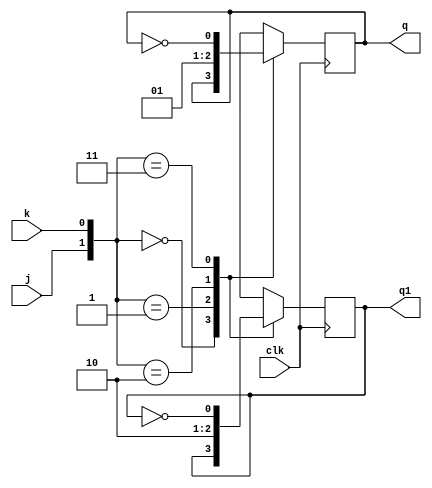
module jkff(q,q1,j,k,clk);
	output q,q1;
	input j,k,clk;
	reg q,q1;
	initial
	begin
		q=1'b0;
		q1=1'b1;
	end
	always @(posedge clk)
		begin
		case({j,k})
			{1'b0,1'b0}: begin q=q; q1=q1; end
			{1'b0,1'b1}: begin q=1'b0; q1=1'b1; end
			{1'b1,1'b0}: begin q=1'b1; q1=1'b0; end
			{1'b1,1'b1}: begin q=~q; q1=~q1; end
		endcase
		end
endmodule